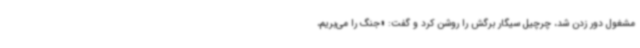
مشغول دور زدن شد، چرچیل سیگار برگش را روشن کرد و گفت: «جنگ را می‌بریم،